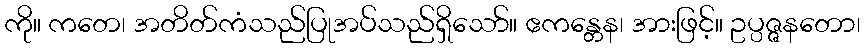
ကို။ ကတေ၊ အတိတ်ကံသည်ပြုအပ်သည်ရှိသော်။ ဧကန္တေန၊ အားဖြင့်။ ဥပ္ပဇ္ဇနတော၊